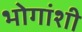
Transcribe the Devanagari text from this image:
भोगांशी